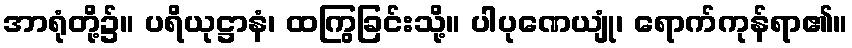
အာရုံတို့၌။ ပရိယုဋ္ဌာနံ၊ ထကြွခြင်းသို့။ ပါပုဏေယျုံ၊ ရောက်ကုန်ရာ၏။